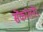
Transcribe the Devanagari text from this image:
सेंकांतनेर